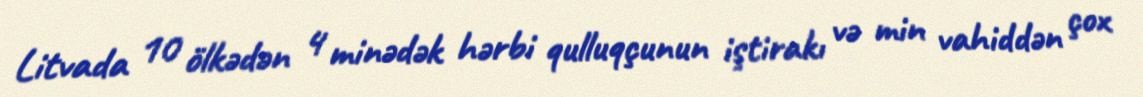
Litvada 10 ölkədən 4 minədək hərbi qulluqçunun iştirakı və min vahiddən çox